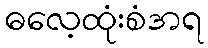
ဓလေ့ထုံးစံအရ